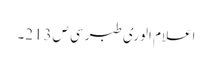
اعلام الوری طبرسی ص213۔